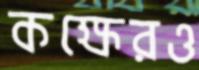
কক্ষেরও